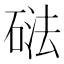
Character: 𱴔